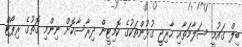
ބިލް ގައުމީ ސަލާމަތާއި ހާރިޖީ ގުޅުންތަކުގެ ކޮމިޓީން ދިރާސާކޮށް ނިންމި ގޮތުގެ ރިޕޯޓް